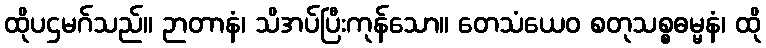
ထိုပဌမဂ်သည်။ ဉာတာနံ၊ သိအပ်ပြီးကုန်သော။ တေသံယေဝ စတုသစ္စဓမ္မနံ၊ ထို